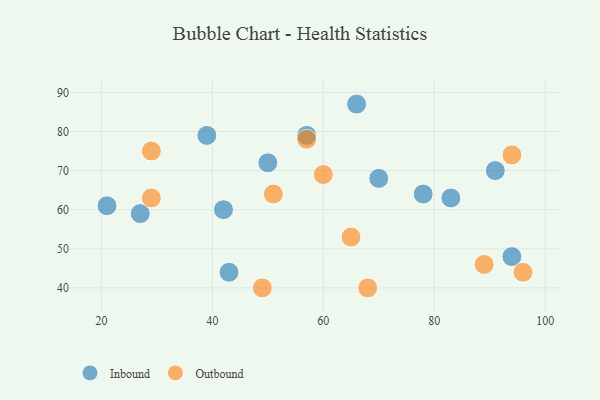
{"axis": {"x": "GDP", "y": "Life Expectancy"}, "legend": ["Inbound", "Outbound"], "data": [{"x": "70", "y": 68, "type": "Inbound"}, {"x": "83", "y": 63, "type": "Inbound"}, {"x": "78", "y": 64, "type": "Inbound"}, {"x": "66", "y": 87, "type": "Inbound"}, {"x": "50", "y": 72, "type": "Inbound"}, {"x": "42", "y": 60, "type": "Inbound"}, {"x": "91", "y": 70, "type": "Inbound"}, {"x": "43", "y": 44, "type": "Inbound"}, {"x": "39", "y": 79, "type": "Inbound"}, {"x": "94", "y": 48, "type": "Inbound"}, {"x": "21", "y": 61, "type": "Inbound"}, {"x": "27", "y": 59, "type": "Inbound"}, {"x": "57", "y": 79, "type": "Inbound"}, {"x": "29", "y": 63, "type": "Outbound"}, {"x": "89", "y": 46, "type": "Outbound"}, {"x": "49", "y": 40, "type": "Outbound"}, {"x": "65", "y": 53, "type": "Outbound"}, {"x": "96", "y": 44, "type": "Outbound"}, {"x": "68", "y": 40, "type": "Outbound"}, {"x": "57", "y": 78, "type": "Outbound"}, {"x": "29", "y": 75, "type": "Outbound"}, {"x": "94", "y": 74, "type": "Outbound"}, {"x": "51", "y": 64, "type": "Outbound"}, {"x": "60", "y": 69, "type": "Outbound"}]}